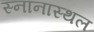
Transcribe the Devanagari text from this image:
स्नानास्थल